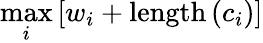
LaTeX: \operatorname*{max}_{i}\left[w_{i}+\mathrm{length}\left(c_{i}\right)\right]